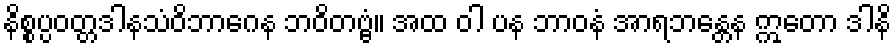
နိစ္စပ္ပဝတ္တဒါနသံဝိဘာဂေန ဘဝိတဗ္ဗံ။ အထ ဝါ ပန ဘာဝနံ အာရဘန္တေန ဣတော ဒါနိ